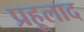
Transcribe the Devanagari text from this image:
प्रहूलाद